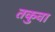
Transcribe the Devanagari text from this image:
तकुवा